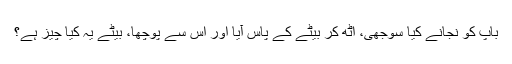
باپ کو نجانے کیا سوجھی، اْٹھ کر بیٹے کے پاس آیا اور اْس سے پوچھا، بیٹے یہ کیا چیز ہے؟